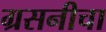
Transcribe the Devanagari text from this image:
ग्रसनीचा